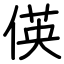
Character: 偀